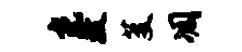
光牧芟凋